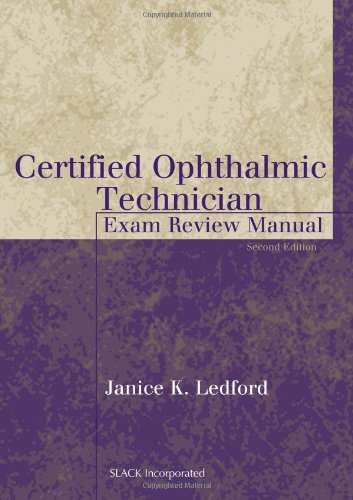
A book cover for Certified Ophthalmic Technician Exam Review Manual (The Basic Bookshelf for Eyecare Professionals); Janice K. Ledford COMT; Medical Books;